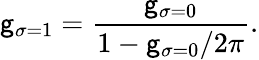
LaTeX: \mathsf{g}_{\sigma=1}=\frac{{\mathsf{g}_{\sigma=0}}}{{1-\mathsf{g}_{\sigma=0}/2\pi}}.